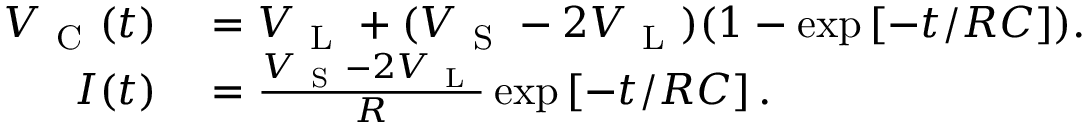
\begin{array} { r l } { V _ { \mathrm { ~ C ~ } } ( t ) } & { { } = V _ { \mathrm { ~ L ~ } } + ( V _ { \mathrm { ~ S ~ } } - 2 V _ { \mathrm { ~ L ~ } } ) ( 1 - \exp \left[ - t / R C \right] ) . } \\ { I ( t ) } & { { } = \frac { V _ { \mathrm { ~ S ~ } } - 2 V _ { \mathrm { ~ L ~ } } } { R } \exp \left[ - t / R C \right] . } \end{array}